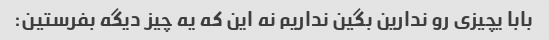
بابا یچیزی رو ندارین بگین نداریم نه این که یه چیز دیگه بفرستین: